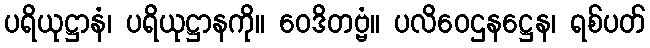
ပရိယုဋ္ဌာနံ၊ ပရိယုဋ္ဌာနကို။ ဝေဒိတဗ္ဗံ။ ပလိဝေဌနဋ္ဌေန၊ ရစ်ပတ်